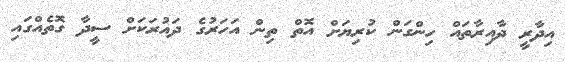
އިދާރީ ދާއިރާތައް ހިންގަން ކުރިޔަށް އޮތް ތިން އަހަރުގެ ދައުރަކަށް ސީދާ ގޮތެއްގައި